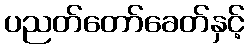
ပညတ်တော်ခေတ်နှင့်